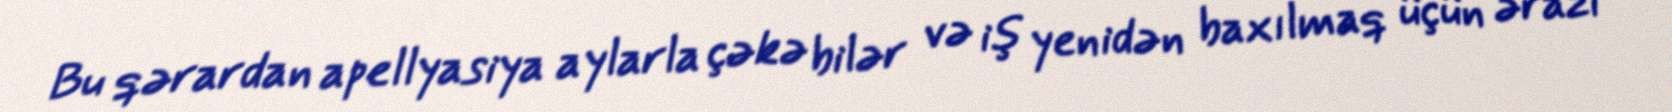
Bu qərardan apellyasiya aylarla çəkə bilər və iş yenidən baxılmaq üçün ərazi